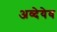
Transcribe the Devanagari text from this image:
अव्देयेव